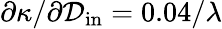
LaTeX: \partial\kappa/\partial\mathcal{D}_{\mathrm{{in}}}=0.04/\lambda